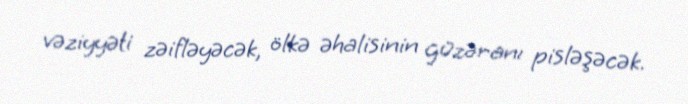
vəziyyəti zəifləyəcək, ölkə əhalisinin güzəranı pisləşəcək.